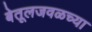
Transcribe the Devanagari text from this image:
बेतूलजवळच्या